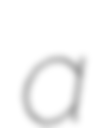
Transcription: a